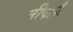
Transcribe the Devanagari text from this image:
नीकी